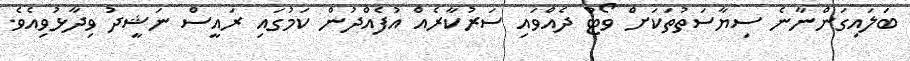
ބަލައިގަންނާނެ ސިޔާސަތުތަކަށް ވޯޓު ދެއްވައި ސަރުކާރެއް އުފެއްދުން ކަމުގައި ރައީސް ނަޝީދު ވިދާޅުވިއެވެ.